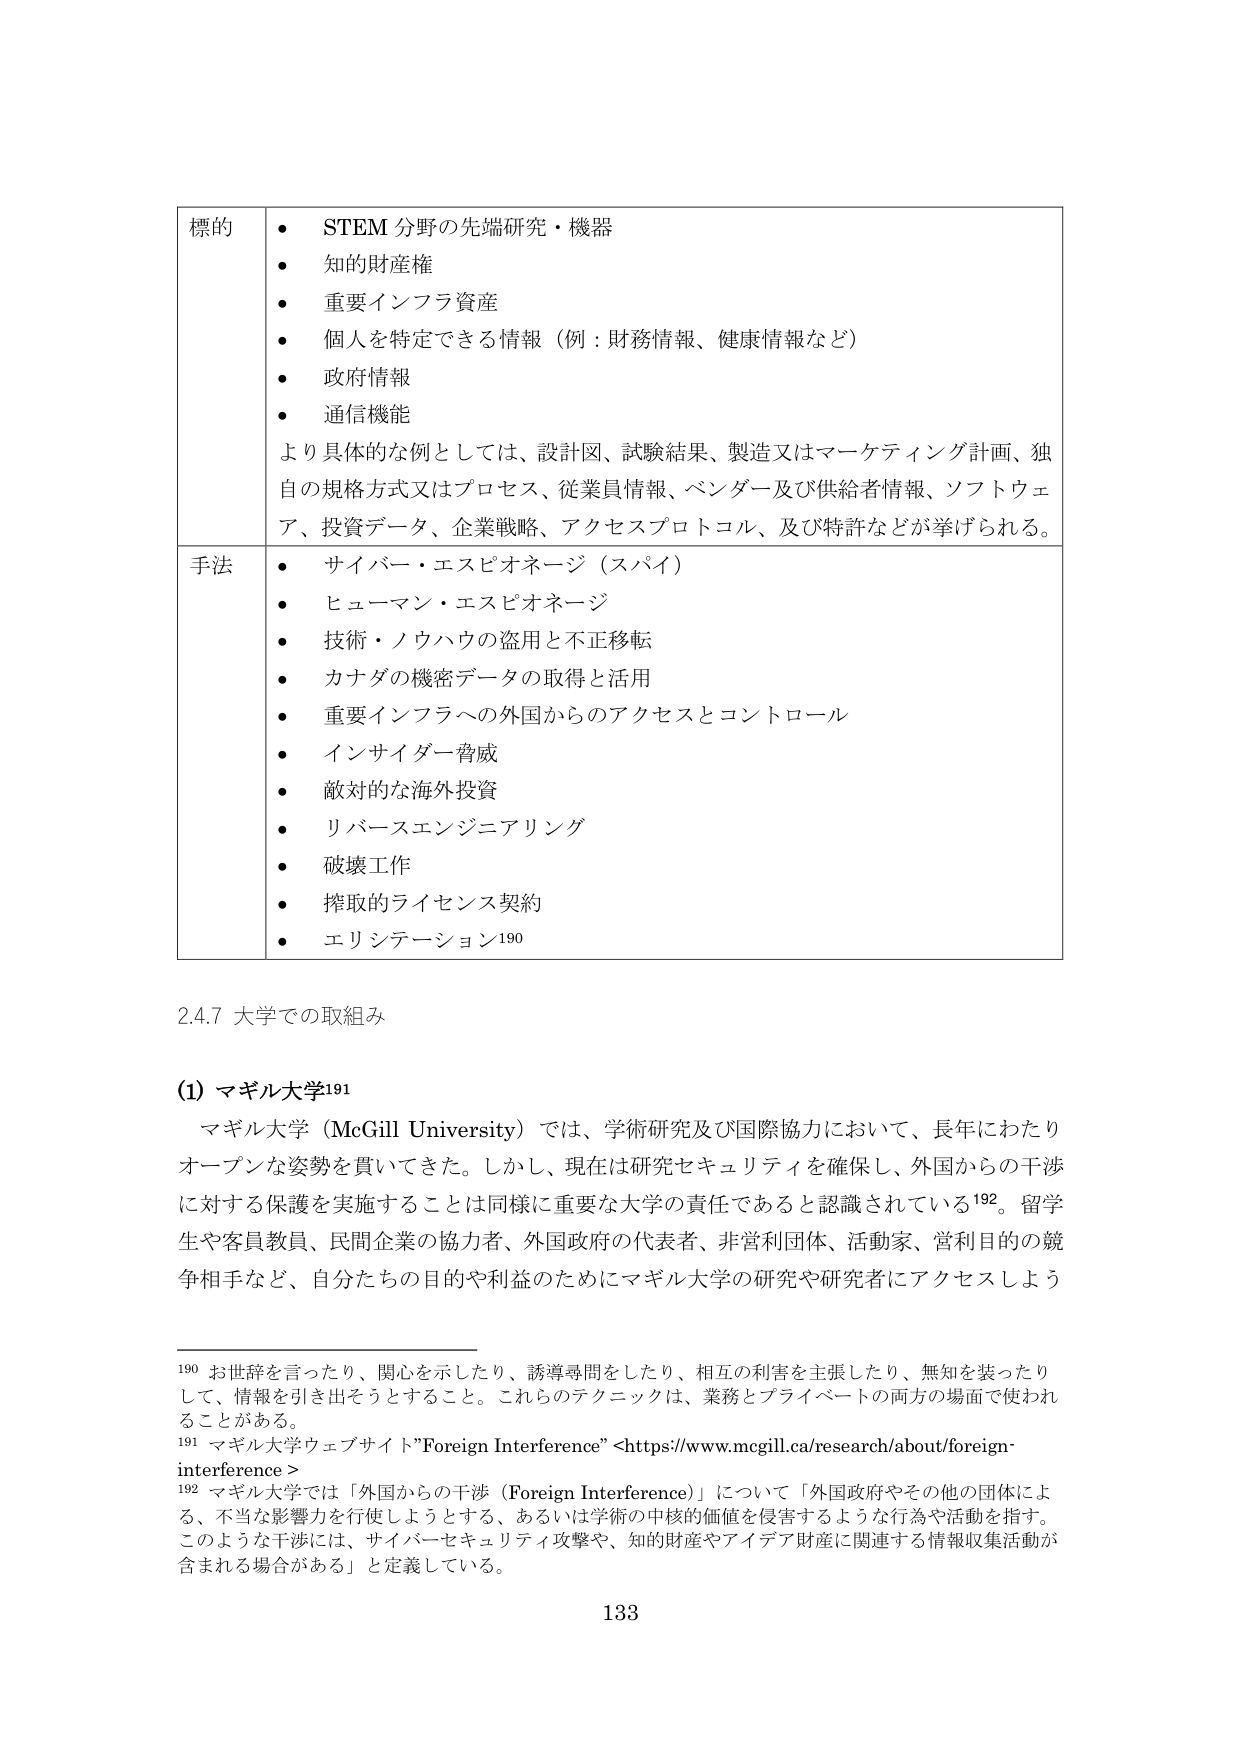
標的
・ STEM 分野の先端研究・機器
・ 知的財産権
・ 重要インフラ資産
・ 個人を特定できる情報（例：財務情報、健康情報など）
・ 政府情報
・ 通信機能
より具体的な例としては、設計図、試験結果、製造又はマーケティング計画、独自の規格方式又はプロセス、従業員情報、ベンダー及び供給者情報、ソフトウェア、投資データ、企業戦略、アクセスプロトコル、及び特許などが挙げられる。

手法
・ サイバー・エスピオネージ（スパイ）
・ ヒューマン・エスピオネージ
・ 技術・ノウハウの盗用と不正移転
・ カナダの機密データの取得と活用
・ 重要インフラへの外国からのアクセスとコントロール
・ インサイダー脅威
・ 敵対的な海外投資
・ リバースエンジニアリング
・ 破壊工作
・ 搾取的ライセンス契約
・ エリシテーション190

2.4.7 大学での取組み

(1) マギル大学191
マギル大学（McGill University）では、学術研究及び国際協力において、長年にわたりオープンな姿勢を貫いてきた。しかし、現在は研究セキュリティを確保し、外国からの干渉に対する保護を実施することは同様に重要な大学の責任であると認識されている192。留学生や客員教員、民間企業の協力者、外国政府の代表者、非営利団体、活動家、営利目的の競争相手など、自分たちの目的や利益のためにマギル大学の研究や研究者にアクセスしよう

190 お世辞を言ったり、関心を示したり、誘導尋問をしたり、相互の利害を主張したり、無知を装ったりして、情報を引き出そうとすること。これらのテクニックは、業務とプライベートの両方の場面で使われることがある。
191 マギル大学ウェブサイト”Foreign Interference” <https://www.mcgill.ca/research/about/foreign-interference >
192 マギル大学では「外国からの干渉（Foreign Interference）」について「外国政府やその他の団体による、不当な影響力を行使しようとする、あるいは学術の中核的価値を侵害するような行為や活動を指す。このような干渉には、サイバーセキュリティ攻撃や、知的財産やアイデア財産に関連する情報収集活動が含まれる場合がある」と定義している。

133